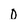
Character: 0